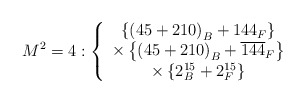
\begin{align*}M^2=4:\left\{\begin{array}{c}\left\{ \left( 45+210\right) _B+144_F\right\} \\\times \left\{ \left( 45+210\right) _B+\overline{144}_F\right\} \\\times \left\{ 2_B^{15}+2_F^{15}\right\}\end{array}\right.\end{align*}